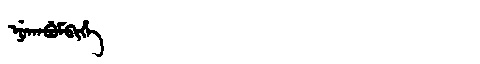
Manchu: ᠨᡠᡴᠠᠪᡠᠮᠪᡳᡥᡝ
Romanization: NUKABUMBIHE